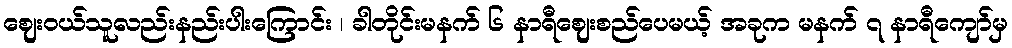
ဈေးဝယ်သူလည်းနည်းပါးကြောင်း ၊ ခါတိုင်းမနက် ၆ နာရီဈေးစည်ပေမယ့် အခုက မနက် ၇ နာရီကျော်မှ